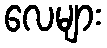
လေများ